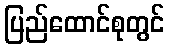
ပြည်ထောင်စုတွင်